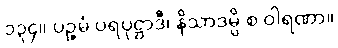
၁၃၄။ ပဉ္စမံ ပရပုဋ္ဌာဒီ၊ နိသာဒမ္ပိ စ ဝါရဏာ။